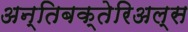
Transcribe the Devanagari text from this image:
अन्तिबक्तेरिअल्स